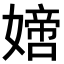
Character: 𡡿